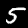
Digit: 5